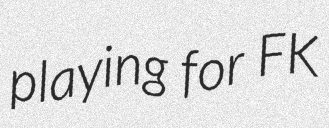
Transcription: playing for FK